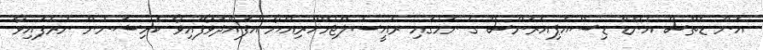
އޮން ޑެތްސް އެންޑް ޑިސްއެޕިއަރަންސް ގެ ނަމުގައި ރައީސުލްޖުމްހޫރިއްޔާ އުފައްދަވާފައިވާ ކޮމިޝަނުން ނެރެފައިވާ